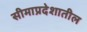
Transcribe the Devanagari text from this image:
सीमाप्रदेशातील